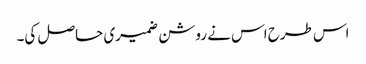
اس طرح اس نے روشن ضمیری حاصل کی۔